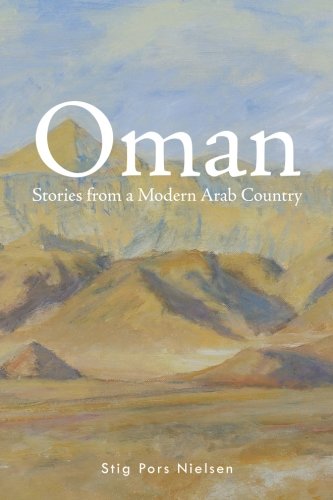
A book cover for Oman: Stories from a Modern Arab Country; Stig Pors Nielsen; Travel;